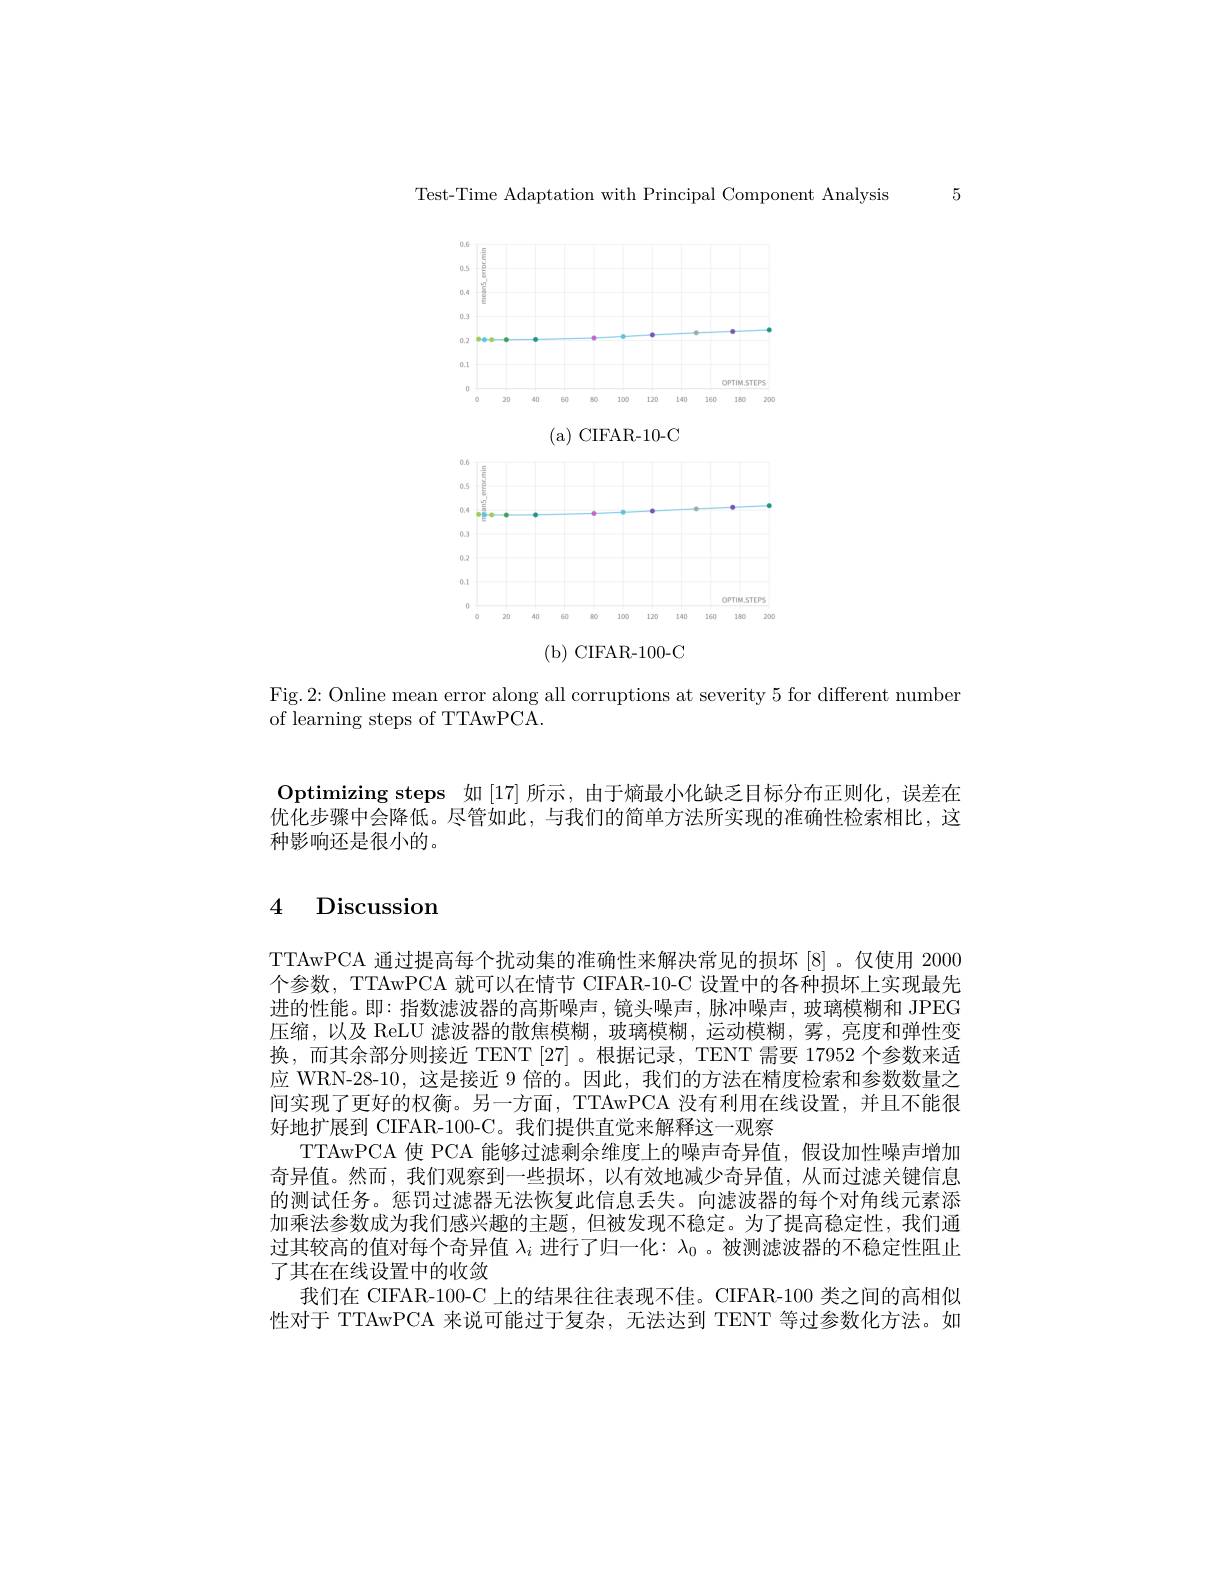
Test-Time Adaptation with Principal Component Analysis 5

<FigureHere>
( b) CIFAR- 100- C

Fig.2: Online mean error along all corruptions at severity 5 for different numben
of learning steps of TTAwPCA.

Optimizing steps 如[17] 所示，由于熵最小化缺乏目标分布正则化，误差在优化步骤中会降低。尽管如此，与我们的简单方法所实现的准确性检索相比，这种影响还是很小的。

# 4 Discussion

TTAwPCA 通过提高每个扰动集的准确性来解决常见的损坏[8]。仅使用 2000个参数，TTAwPCA 就可以在情节 CIFAR-10-C 设置中的各种损坏上实现最先进的性能。即：指数滤波器的高斯噪声，镜头噪声，脉冲噪声，玻璃模糊和 JPEG 压缩，以及 ReLU 滤波器的散焦模糊，玻璃模糊，运动模糊，雾，亮度和弹性变换，而其余部分则接近 TENT [27]。根据记录，TENT 需要 17952 个参数来适应 WRN-28-10,这是接近 9 倍的。因此，我们的方法在精度检索和参数数量之间实现了更好的权衡。另一方面，TTAwPCA 没有利用在线设置，并且不能很好地扩展到 CIFAR-100-C。我们提供直觉来解释这一观察
TTAwPCA 使 PCA 能够过滤剩余维度上的噪声奇异值，假设加性噪声增加奇异值。然而，我们观察到一些损坏，以有效地减少奇异值，从而过滤关键信息的测试任务。惩罚过滤器无法恢复此信息丢失。向滤波器的每个对角线元素添加乘法参数成为我们感兴趣的主题，但被发现不稳定。为了提高稳定性，我们通过其较高的值对每个奇异值$\lambda_i$进行了归一化：$\lambda_0$ 。被测滤波器的不稳定性阻止了其在在线设置中的收敛
我们在 CIFAR-100-C 上的结果往往表现不佳。CIFAR-100 类之间的高相似性对于 TTAwPCA 来说可能过于复杂，无法达到 TENT 等过参数化方法。如